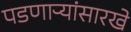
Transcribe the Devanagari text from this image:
पडणाऱ्यांसारखे